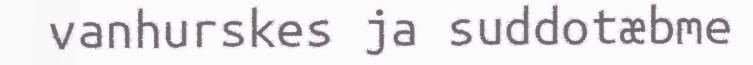
vanhurskes ja suddotæbme